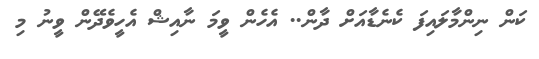
ކަން ނިންމާލައިފަ ކެނެޑާއަށް ދާން.. އެހެން ވީމަ ނާއިޝް އެހީވެދޭން ވީނު މި